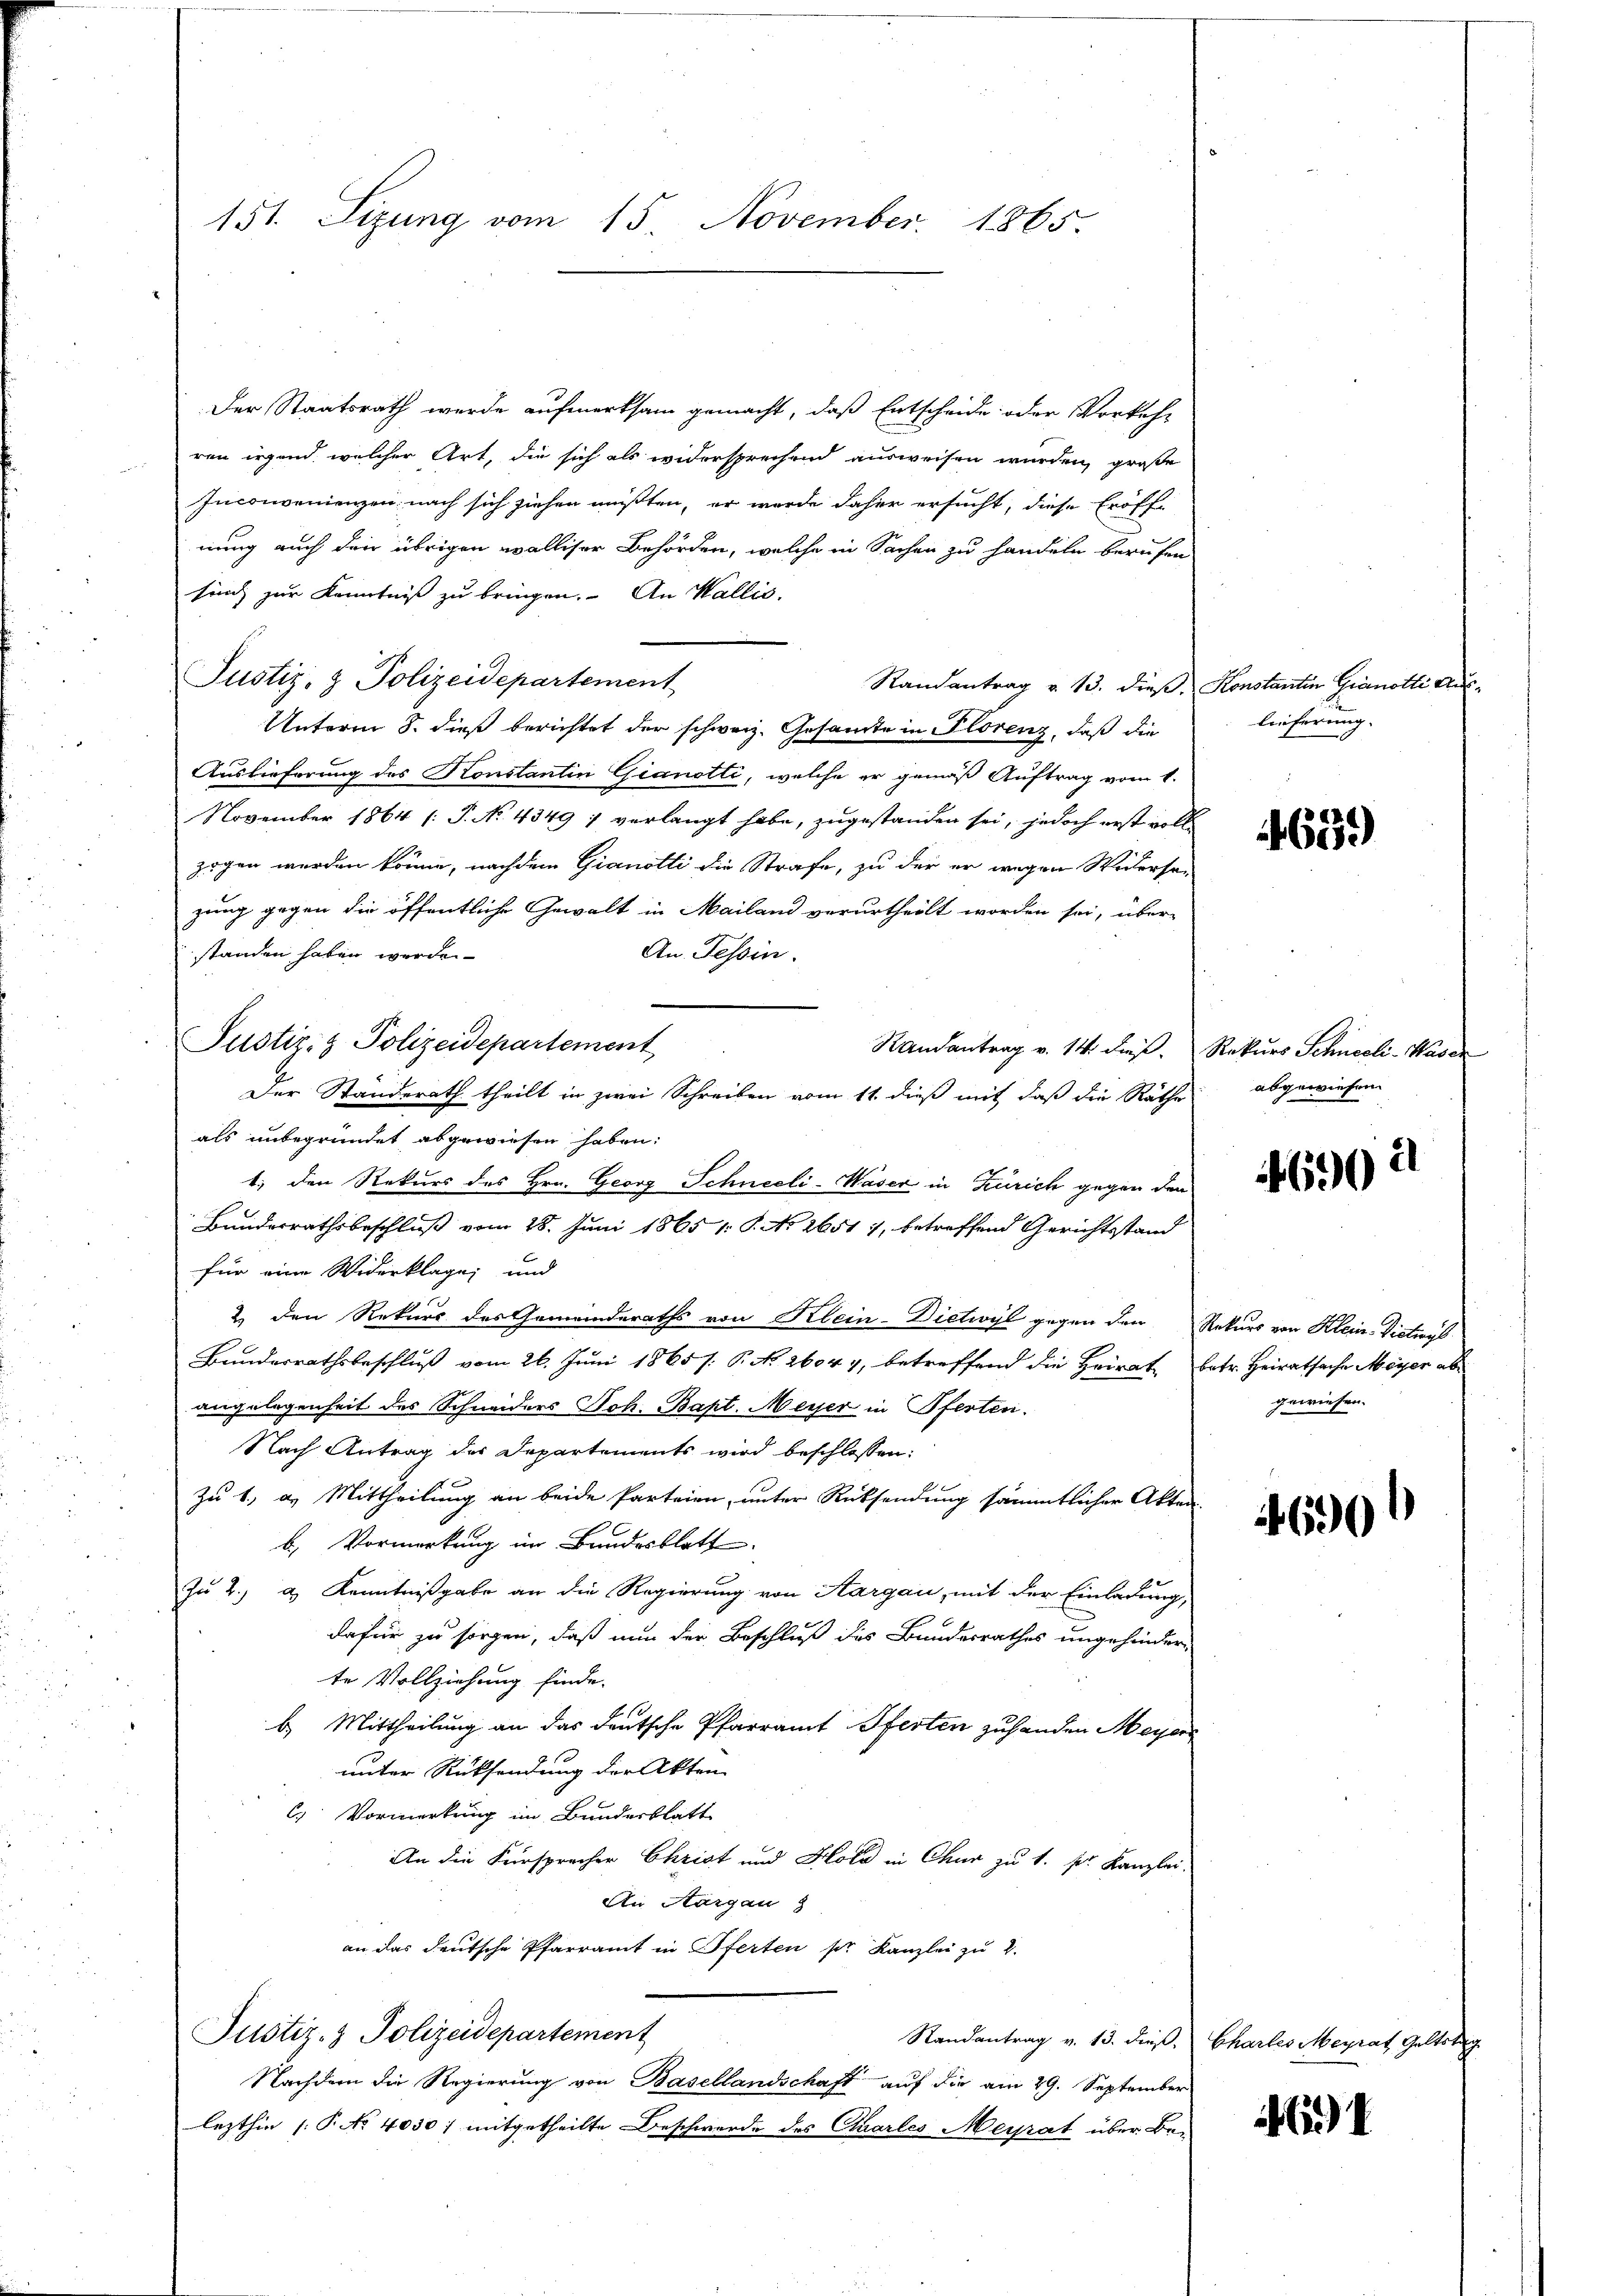
151. Sizung vom 15. November 1865.

Der Staatsrath werde aufmerksam gemacht, daß Entscheide oder Vorkehr
ren irgend, welcher Art, die sich als widersprechend ausweisen wurden, große
Inconvenienzen nach sich ziehen müßten, er wurde daher ersucht, diese Eröffnung auch den übrigen Walliser Behörden, welche in Sachen zu handeln berufen
sinch zur Kenntniß zu bringen. An Wallis,
Justiz- & Polizeidepartement
Randantrag v. 13. dieß. Konstantin Gianotte Aus¬
Unterm 8. dieß berichtet der schweiz. Gesamte in Florenz, daß die
Auslieferung des Konstantin Gianotti, welche er gemäß Auftrag vom 1.
November 1864 [P. No. 4349 7 verlangt habe, zugestanden sei, jedoch erst volle
zogen werden könne, nachdem Gianotti die Strafe, zu der er wegen Widersezung gegen die öffentliche Gewalt in Mailand verurtheilt worden sei, über-
standen haben werde.
An Tessin.
als unbegründet abgewiesen haben:
1., den Rekurs des Hrn. Georg Schneeli-Waser in Zürich gegen den
Bundesrathsbeschluß vom 28. Juni 1865 1 S. No 26511, betreffend Gerichtsstand
für eine Widerklage, und
2. den Rekurs des Gemeinderaths von Klein-Dietwyl gegen den Rekurs von Klein-Dietwyl
Bundesrathsbeschluß vom 26. Juni 1865 /: P. No. 26044, betreffend die Heirat betr. Heiratsache Meyer ab
angelegenheit des Schneiders Joh. Bapt. Meyer in Pferten.
Nach Antrag der Departements wird beschlossen:
zu 1., a. Mittheilung an beide Parteien, unter Rücksendung sämmtlicher Akten-
b.) Vormerkung im Bundesblatt.
Zu 2. d. Kenntnißgabe an die Regierung von Aargau, mit der Einladung,
dafür zu sorgen, daß nun der Beschluß des Bundesrathes ungehinder-
te Vollziehung finde.
b. Mittheilung an das deutsche Pfarramt Pferten zuhanden Meyer
unter Rücksendung der Akten
C. Vormerkung im Bundesblatt
An die Fürsprecher Christ und Hold in Chur zu 1. s. Kanzlei-
An Aargau
an das deutsche Pfarramt in Pferten per Kanzlei zu 2.
Justiz- & Polizeidepartement
Nachdem die Regierung von Basellandschaft auf die am 29. September
lezthin (P No 4030) mitgetheilte Beschwerde des Charles Meysat über Be-

Justiz- & Polizeidepartement

Der Standerath theilt in zwei Schreiben vom 11. dieß mit daß die Räthe

lieferung.

4639

Randantrag v. 14. dieß. Rekurs Schneeli-Waser
abgewiesen.

4690 u

gewiesen.

1690

Randantrag v. 13. dieß, Charles Meyrat Geltstag

)